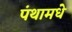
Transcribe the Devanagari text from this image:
पंथामधे